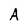
Character: A